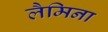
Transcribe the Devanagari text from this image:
लैमिना